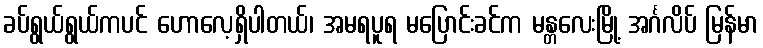
ခပ်ရွယ်ရွယ်ကပင် ဟောလေ့ရှိပါတယ်၊ အမရပူရ မပြောင်းခင်က မန္တလေးမြို့ အင်္ဂလိပ် မြန်မာ